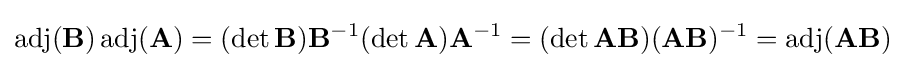
\operatorname {adj} (\mathbf {B} )\operatorname {adj} (\mathbf {A} )=(\det \mathbf {B} )\mathbf {B} ^{-1}(\det \mathbf {A} )\mathbf {A} ^{-1}=(\det \mathbf {AB} )(\mathbf {AB} )^{-1}=\operatorname {adj} (\mathbf {AB} )